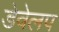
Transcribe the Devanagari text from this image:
डेवेलप